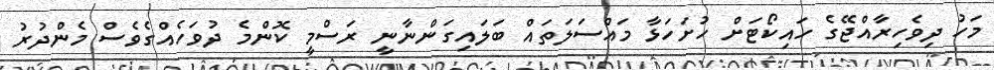
މަހު ދިވެހިރާއްޖޭގެ ހައިކޯޓަށް ހުށަހަޅާ މައްސަލަތައް ބަލައިގަންނާނީ ރަސްމީ ކޮންމެ ދުވަހެއްގެވެސް މެންދުރު